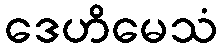
ဒေဟိမေသံ